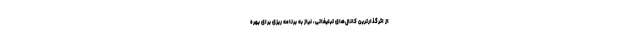
از اثرگذارترین کانال‌های تبلیغاتی، نیاز به برنامه ریزی برای بهره